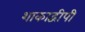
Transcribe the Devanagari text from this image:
शाकाद्वीपी